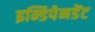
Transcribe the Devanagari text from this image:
इन्डिपेनडेंट